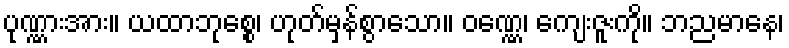
ပုဏ္ဏားအား။ ယထာဘုစ္စေ၊ ဟုတ်မှန်စွာသော။ ဝဏ္ဏေ၊ ကျေးဇူးကို။ ဘညမာနေ၊